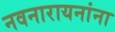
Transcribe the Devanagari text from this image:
नवनारायनांना